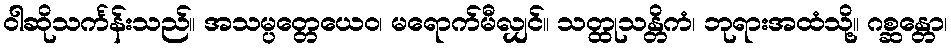
ဝါဆိုသင်္ကန်းသည်။ အသမ္ပတ္တေယေဝ၊ မရောက်မီလျှင်။ သတ္ထုသန္တိကံ၊ ဘုရားအထံသို့။ ဂစ္ဆန္တော၊